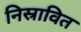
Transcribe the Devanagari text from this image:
निस्रावित